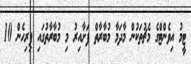
ޓީމު އިވެންްޓްގެ މެޗުތަކުން މާދަމާ މުބާރާތް ފަށާއިރު މި މުބާރާތުގައި ފިރިހެން 10